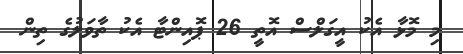
މި މޮޅާ އެކު އީގަލްސް އޮތީ 26 ޕޮއިންޓާ އެކު ތާވަލުގެ ތިން